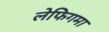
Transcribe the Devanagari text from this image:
लेफिगमा